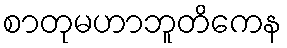
စာတုမဟာဘူတိကေန